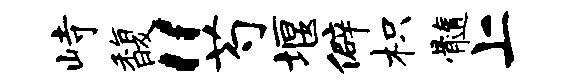
峙馥“芍堰僻枳髓上